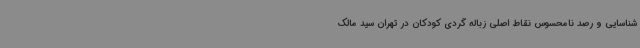
شناسایی و رصد نامحسوس نقاط اصلی زباله گردی کودکان در تهران سید مالک